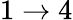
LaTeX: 1\rightarrow 4